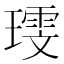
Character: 𪼗